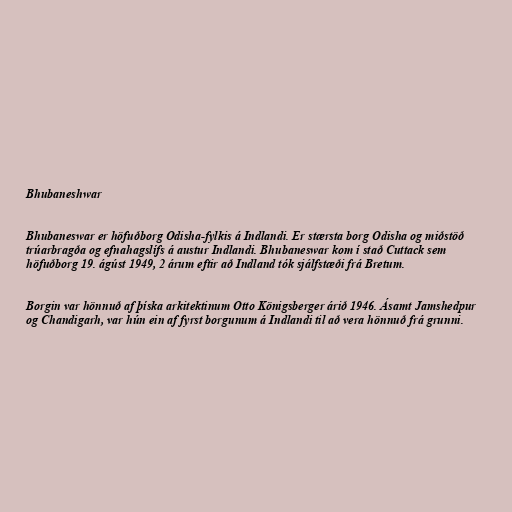
Bhubaneshwar

Bhubaneswar er höfuðborg Odisha-fylkis á Indlandi. Er stærsta borg Odisha og miðstöð
trúarbragða og efnahagslífs á austur Indlandi. Bhubaneswar kom í stað Cuttack sem
höfuðborg 19. ágúst 1949, 2 árum eftir að Indland tók sjálfstæði frá Bretum.

Borgin var hönnuð af þíska arkitektinum Otto Königsberger árið 1946. Ásamt Jamshedpur
og Chandigarh, var hún ein af fyrst borgunum á Indlandi til að vera hönnuð frá grunni.